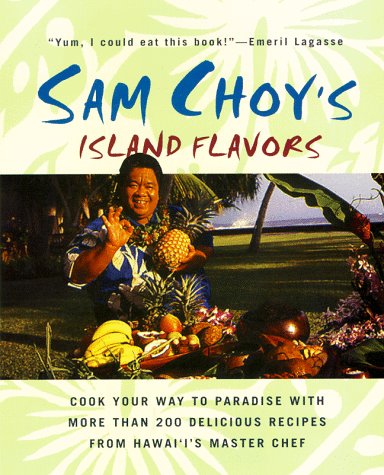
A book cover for Sam Choy's Island Flavors; Sam Choy; Cookbooks, Food & Wine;